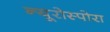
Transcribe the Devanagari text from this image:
न्यूरोस्पोरा